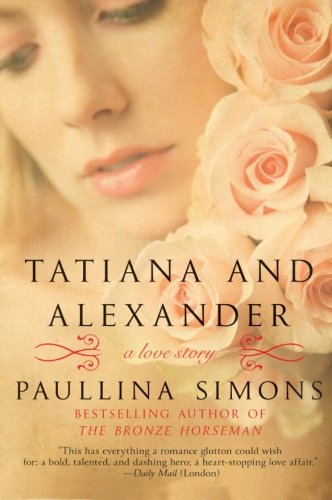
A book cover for Tatiana and Alexander (The Bronze Horseman); Paullina Simons; Science Fiction & Fantasy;